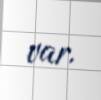
var.